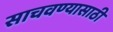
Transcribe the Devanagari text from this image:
साचवण्यासाठी